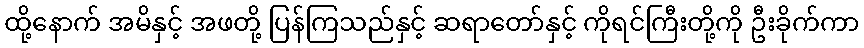
ထို့နောက် အမိနှင့် အဖတို့ ပြန်ကြသည်နှင့် ဆရာတော်နှင့် ကိုရင်ကြီးတို့ကို ဦးခိုက်ကာ